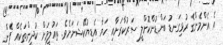
އެ އެންމެންގެ ރުޅިގަނޑު ބަންޑުންކޮށްލީ ސަރުކާރަށާއި ހަޔާ އެޑިޔުކޭޝަނަށެވެ. ތައުލީމަށް ކުދީންތަކެއް ފެން